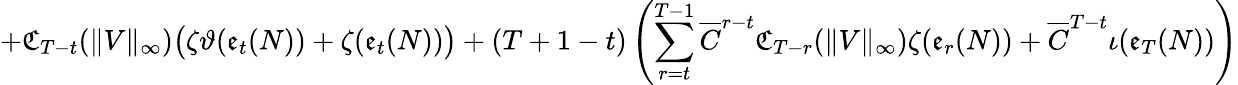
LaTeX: +\mathfrak{C}_{T-t}(\| V\| _{\infty})\big(\zeta\vartheta(\mathfrak{e}_{t}(N))+\zeta(\mathfrak{e}_{t}(N))\big)+(T+1-t)\left(\sum_{r=t}^{T-1}\overline{C}^{r-t}\mathfrak{C}_{T-r}(\| V\| _{\infty})\zeta(\mathfrak{e}_{r}(N))+\overline{C}^{T-t}\iota(\mathfrak{e}_{T}(N))\right)